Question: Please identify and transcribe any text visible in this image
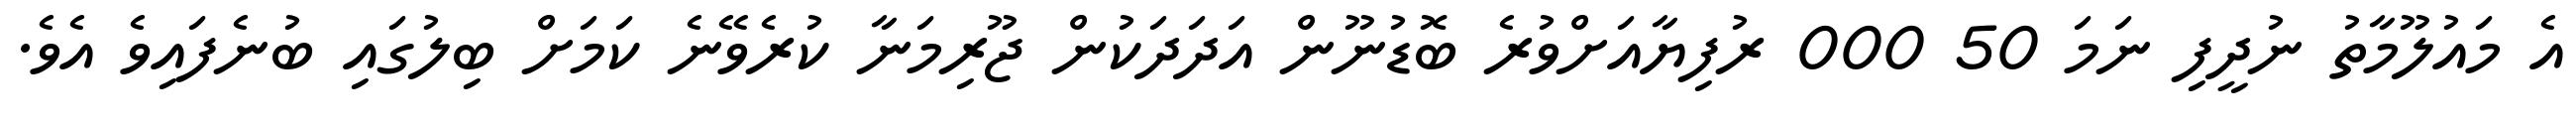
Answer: އެ މައުލޫމާތު ނުދީފި ނަމަ 50 000 ރުފިޔާއަށްވުރެ ބޮޑުނޫން އަދަދަކުން ޖޫރިމަނާ ކުރެވޭނެ ކަމަށް ބިލުގައި ބުނެފައިވެ އެވެ.